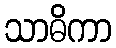
သာဓိကာ